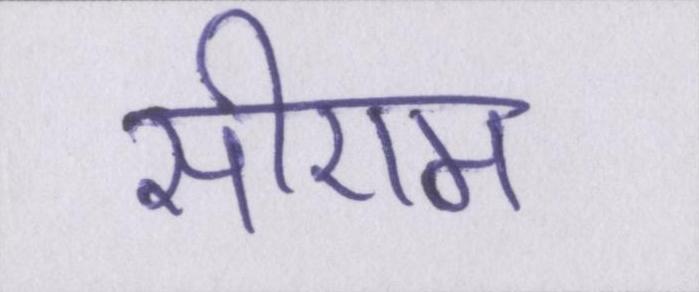
सीएम